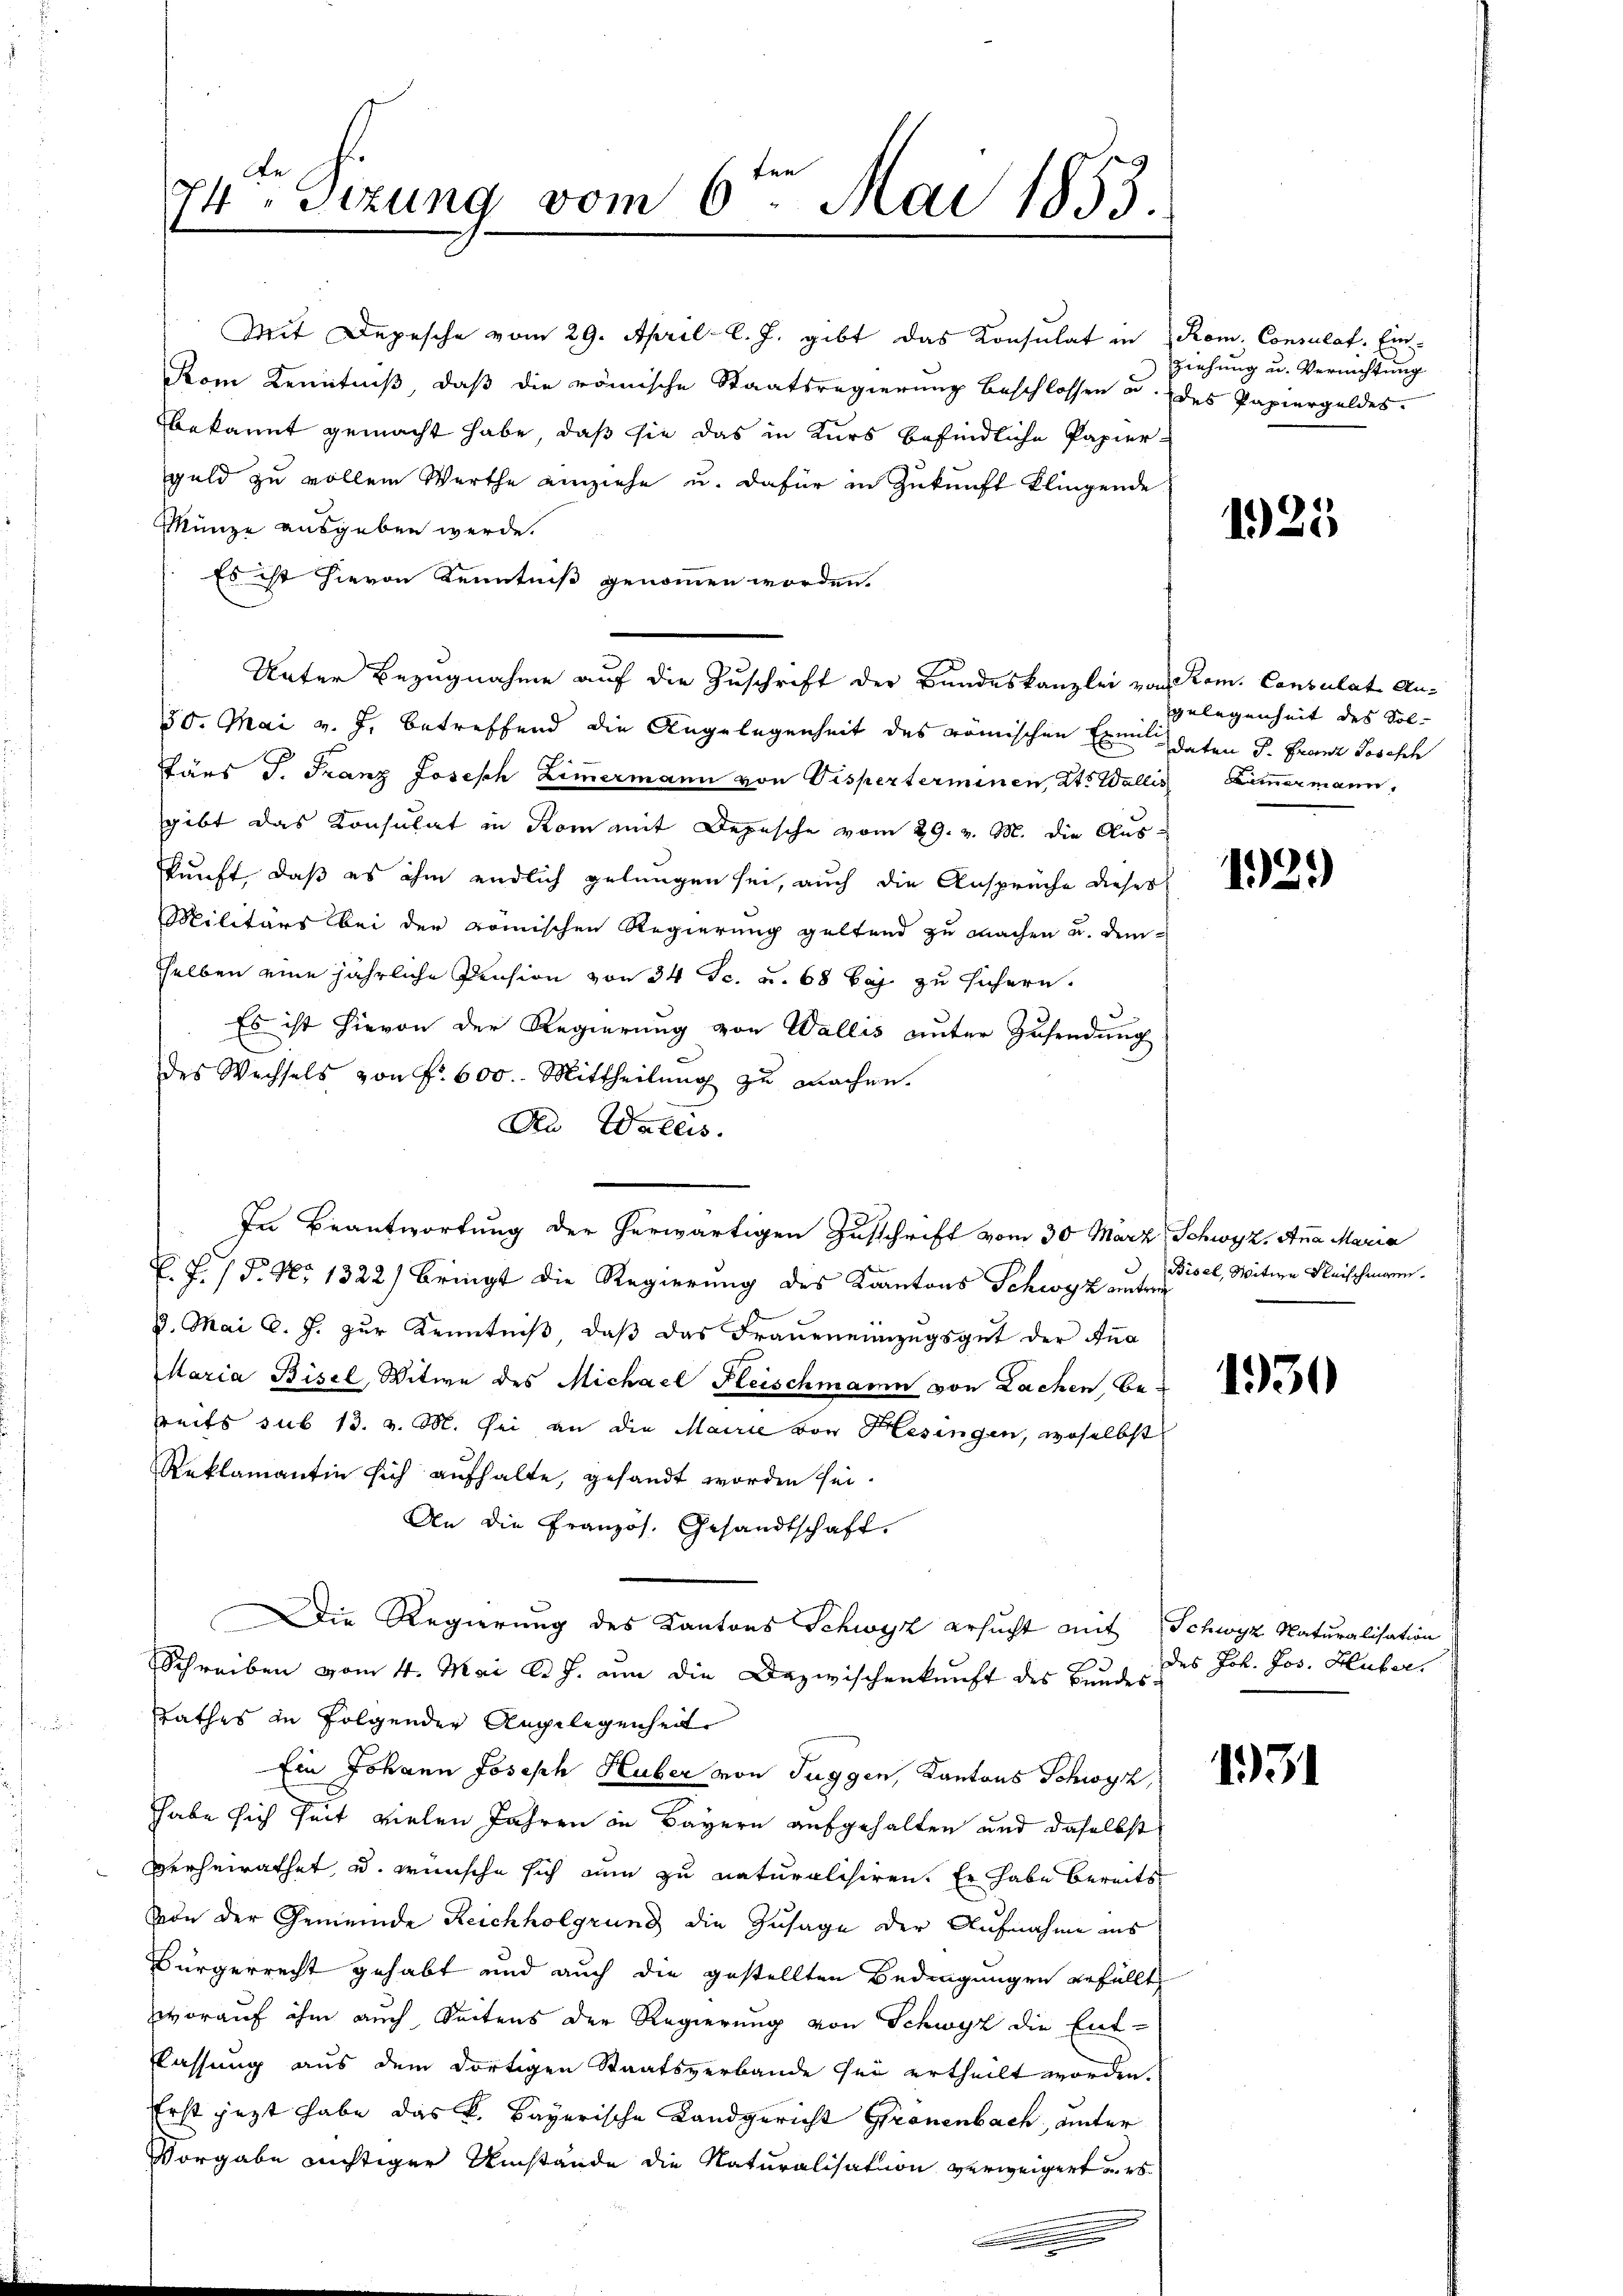
De
74. Sitzung vom 6ten Mai 1853.
1

Mit Depesche vom 29. April l. J. gibt das Konsulat in Rom. Consulat, Ein¬
Kom Kenntniß, daß die römische Staatsregierung beschlossen u. des Papiergeldes.
bekannt gemacht habe, daß sie das in Kurs befindliche Papiergeld zu vollem Werthe einziehe u. dafür in Zukunft klingende
Münze ausgeben werde.
Es ist hievon Kenntniß genommen worden.
Unter Bezugnahme auf die Zuschrift der Bandeskanzlei von Rom. Consulat An¬
50. Mai v. J. betreffend die Angelegenheit des römischen Exil guten d. Franz Josefch
Pärs J. Franz Joseph Ziṁermann von Visperterminen, Kt. Wallis Ziṁermann,
sgibt das Konsulat in Rom mit Depesche vom 29. v. M. die Auskunft, daß es ihm endlich gelungen sei, auch die Ansprüche dieses
Militärs bei der römischen Regierung geltend zu machen u. dem
sselben eine jährliche Pension von 34 Sc. u. 68 bis zu sichern.
Es ist hievon der Regierung von Wallis unter Zusendung
des Wechsels von f. 600. Mittheilung zu machen.
An Wallis.
E. F. / P. Nr. 1322) bringt die Regierung des Kantons Schwyz unter¬
8. Mai l. J. zur Kenntniß, daß das Fraueneinzugsgut der Ana
Maria Bisel, Witwe des Michael Fleischmann von Lachen Be-
treits sub 13. v. M. sei an die Mairie von Hesingen, woselbst
Reklamantin sich aufhalte, gesandt worden sei.
An die Französ. Gesandtschaft.
Die Regierung des Kantons Schwyz ersucht mit Schwyz Naturalisation
Schreiben vom 4. Mai l. J. um die Dazwischenkunft des Bundes¬
Rathes zu folgender Angelegenheit
Ein Johann Joseph Huber von Tuggen, Kantons Schwyz,
habe sich seit vielen Jahren in Bayern aufgehalten und daselbst
verheirathet, u. wünsche sich nun zu naturalisiren. Er habe bereits
Von der Gemeinde Reichholgrung die Zusage der Aufnahme aus
Bürgerrecht gehabt und auch die gestellten Bedingungen gefüllt
worauf ihm auch Seitens der Regierung von Schwyz die Ent-
lassung aus dem dortigen Staatsverbande sei ertheilt worden.
Erst jezt habe das K. Bayerische Landgericht Grönenbach, unter
Vorgabe nichtiger Umstände die Naturalisation verweigert u. es
e

In Beantwortung der herwärtigen Zuschrift vom 30 März Schwyz, Anna Maria

ziehung u. Verrichtung

1925

gelegenheit des Sol-

12.)

Bisel, Witwe Reischmann.

1930

des Joh. Jos. Huber

1931